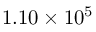
1 . 1 0 \times 1 0 ^ { 5 }